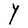
Character: Y